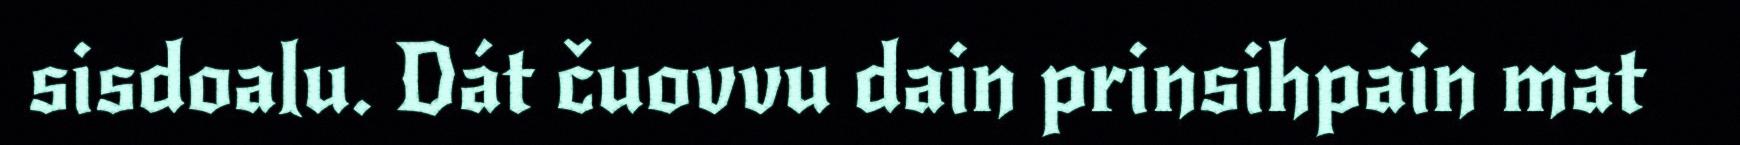
sisdoalu. Dát čuovvu dain prinsihpain mat